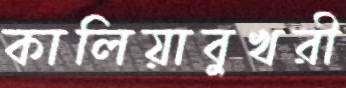
কালিয়াবুখরী